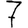
Digit: 7